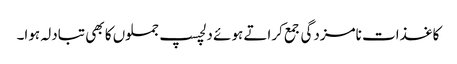
کاغذات نامزدگی جمع کراتے ہوئے دلچسپ جملوں کا بھی تبادلہ ہوا۔